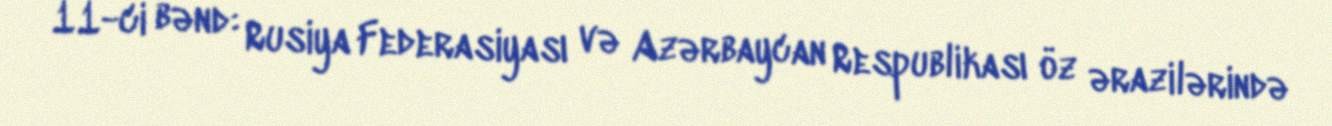
11-ci bənd: Rusiya Federasiyası və Azərbaycan Respublikası öz ərazilərində